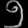
Digit: ၅